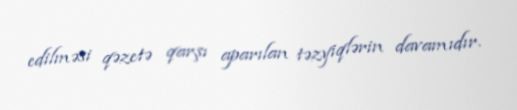
edilməsi qəzetə qarşı aparılan təzyiqlərin davamıdır.